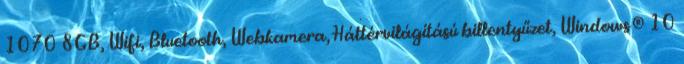
1070 8GB, Wifi, Bluetooth, Webkamera, Háttérvilágítású billentyűzet, Windows® 10